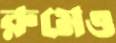
রুমেও